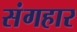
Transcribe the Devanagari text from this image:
संगहार